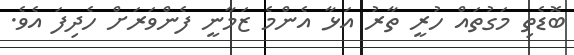
ބޮޑެތި މަގުތައް ހުރީ ތާރު އަޅާ އެންމެ ޒަމާނީ ފެންވަރަަށް ހެދިފަ އެވެ.